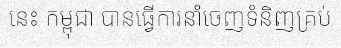
នេះ កម្ពុជា បានធ្វើការនាំចេញទំនិញគ្រប់